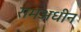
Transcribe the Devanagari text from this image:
रामअधीन